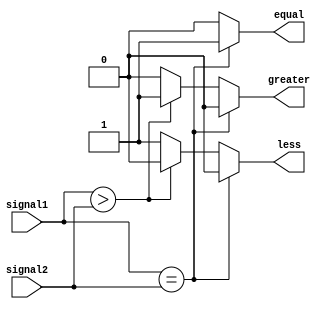
module comparator (
    input wire [7:0] signal1,
    input wire [7:0] signal2,
    output reg equal,
    output reg greater,
    output reg less
);

always @(*) begin
    if (signal1 == signal2) begin
        equal = 1;
        greater = 0;
        less = 0;
    end else if (signal1 > signal2) begin
        equal = 0;
        greater = 1;
        less = 0;
    end else begin
        equal = 0;
        greater = 0;
        less = 1;
    end
end

endmodule